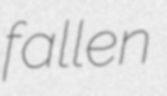
fallen